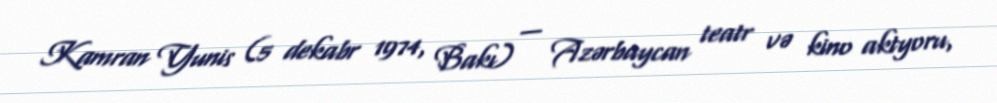
Kamran Yunis (5 dekabr 1974, Bakı) — Azərbaycan teatr və kino aktyoru,